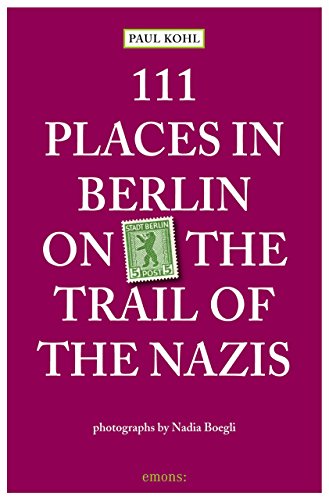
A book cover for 111 Places in Berlin - On the Trail of the Nazis; Paul Kohl; Travel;